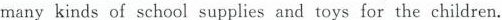
many kinds of school supplies and toys for the children.